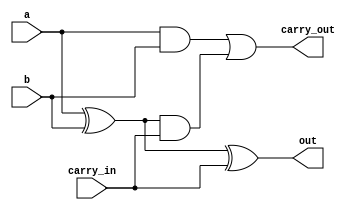
module one_bit_full_adder
(
	input a,
	input b,
	input carry_in,
	output out,
	output carry_out
);

wire w1;
wire w2;
wire w3;

xor(w1, a, b);
xor(out, w1, carry_in);
and(w2, a, b);
and(w3, w1, carry_in);
or(carry_out, w2, w3);

endmodule